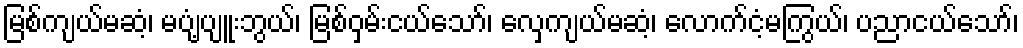
မြစ်ကျယ်မဆံ့၊ မပျံ့ပျူးဘွယ်၊ မြစ်ဝှမ်းငယ်သော်၊ လှေကျယ်မဆံ့၊ လောက်ငံ့မကြွယ်၊ ပညာငယ်သော်၊